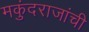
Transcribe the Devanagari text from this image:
मकुंदराजांची